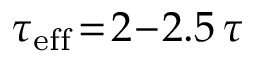
\tau _ { \mathrm { e f f } } \! = \! 2 \! \- - \! 2 . 5 \, \tau